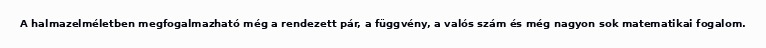
A halmazelméletben megfogalmazható még a rendezett pár, a függvény, a valós szám és még nagyon sok matematikai fogalom.